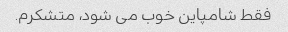
فقط شامپاین خوب می شود، متشکرم.